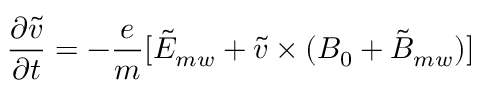
\frac { \partial \tilde { v } } { \partial t } = - \frac { e } { m } [ \tilde { { E } } _ { m w } + \tilde { { v } } \times ( { B _ { 0 } } + \tilde { { B } } _ { m w } ) ]